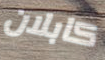
كابلان